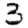
Digit: 3